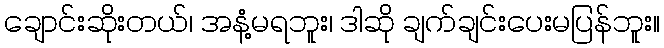
ချောင်းဆိုးတယ်၊ အနံ့မရဘူး၊ ဒါဆို ချက်ချင်းပေးမပြန်ဘူး။